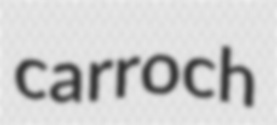
carroch